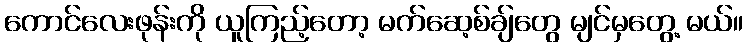
ကောင်လေးဖုန်းကို ယူကြည့်တော့ မက်ဆေ့စ်ချ်တွေ မျင်မှတွေ့ မယ်။